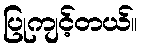
ပြုကျင့်တယ်။